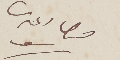
جرجي دمتري سرسق